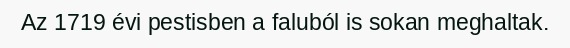
Az 1719 évi pestisben a faluból is sokan meghaltak.